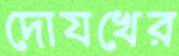
দোযখের